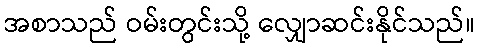
အစာသည် ဝမ်းတွင်းသို့ လျှောဆင်းနိုင်သည်။